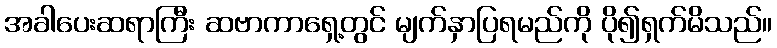
အခါပေးဆရာကြီး ဆဗာကာရှေ့တွင် မျက်နှာပြရမည်ကို ပို၍ရှက်မိသည်။